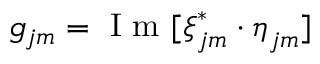
g _ { j m } = \mathrm { ~ I ~ m ~ } [ \boldsymbol { \xi } _ { j m } ^ { * } \cdot \boldsymbol { \eta } _ { j m } ]